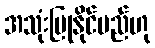
အသုံးပြုနိုင်မည်ဟု